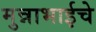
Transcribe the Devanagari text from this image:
मुन्नाभाईचे